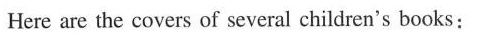
Here are the covers of several children's books: